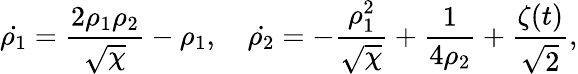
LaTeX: \dot{\rho_{1}}=\frac{2\rho_{1}\rho_{2}}{\sqrt{\chi}}-\rho_{1},\quad\dot{\rho_{2}}=-\frac{\rho_{1}^{2}}{\sqrt{\chi}}+\frac{1}{4\rho_{2}}+\frac{\zeta(t)}{\sqrt{2}},